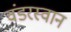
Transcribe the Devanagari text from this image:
वंडरस्वान